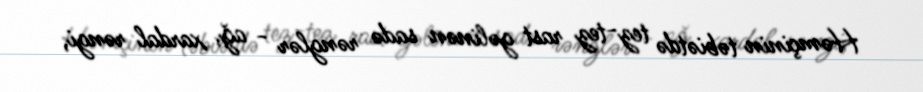
Həmçinin təbiətdə tez-tez rast gəlinən sadə rənglər - ağ, xardal rəngi,